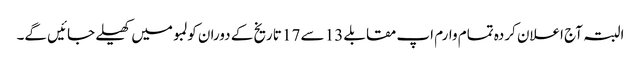
البتہ آج اعلان کردہ تمام وارم اپ مقابلے 13 سے 17 تاریخ کے دوران کولمبو میں کھیلے جائیں گے۔